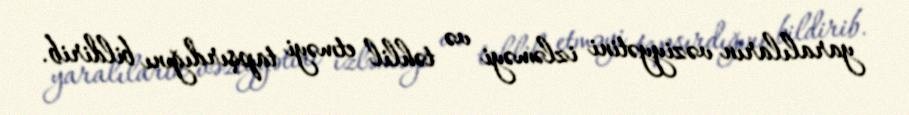
yaralıların vəziyyətini izləməyi və təhlil etməyi tapşırdığını bildirib.